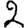
Digit: 2